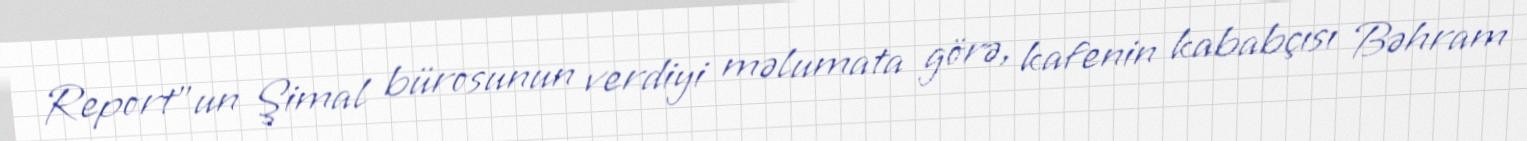
Report"un Şimal bürosunun verdiyi məlumata görə, kafenin kababçısı Bəhram